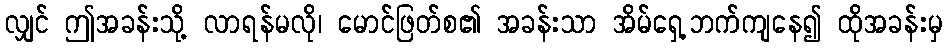
လျှင် ဤအခန်းသို့ လာရန်မလို၊ မောင်ဖြတ်စ၏ အခန်းသာ အိမ်ရှေ့ဘက်ကျနေ၍ ထိုအခန်းမှ